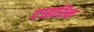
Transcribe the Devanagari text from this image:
टाइरिन